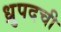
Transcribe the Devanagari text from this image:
ध्रुपदची